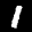
Label: 1